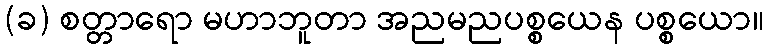
(ခ) စတ္တာရော မဟာဘူတာ အညမညပစ္စယေန ပစ္စယော။